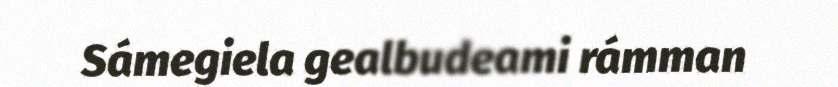
Sámegiela gealbudeami rámman